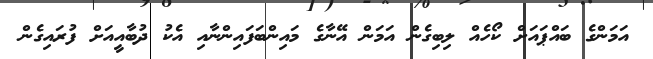
އަމަންގެ ބައްޕައަށް ކޯހެއް ލިބިގެން އަމަން އޭނާގެ މައިންބަފައިންނާއި އެކު ދުބާއީއަށް ފުރައިގެން